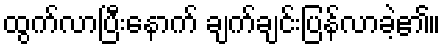
ထွက်လာပြီးနောက် ချက်ချင်းပြန်လာခဲ့၏။